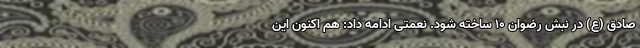
صادق (ع) در نبش رضوان ۱۰ ساخته شود. نعمتی ادامه داد: هم اکنون این